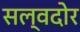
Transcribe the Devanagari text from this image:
सल्वदोर